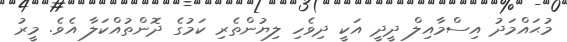
މުޙައްމަދު އިސްމާއިލް ދީދީ އަކީ ދިވެހި ލިޔުންތެރި ކަމުގެ ދޮންތުއްކަލާ އެވެ. މީރު